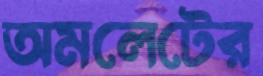
অমলেটের